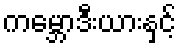
ကမ္ဘောဒီးယားနှင့်